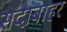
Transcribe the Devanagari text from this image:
सदाबाहर